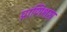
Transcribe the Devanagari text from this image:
प्राणिशात्र